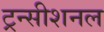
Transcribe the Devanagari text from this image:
ट्रन्सीशनल